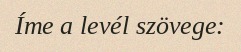
Íme a levél szövege: